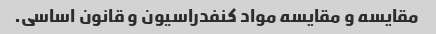
مقایسه و مقایسه مواد کنفدراسیون و قانون اساسی.